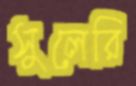
সুলেরি